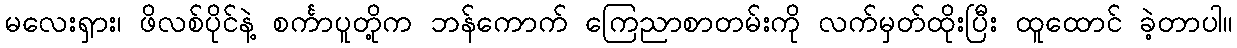
မလေးရှား၊ ဖိလစ်ပိုင်နဲ့ စင်္ကာပူတို့က ဘန်ကောက် ကြေညာစာတမ်းကို လက်မှတ်ထိုးပြီး ထူထောင် ခဲ့တာပါ။